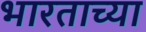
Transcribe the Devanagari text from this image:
भारताच्‍या